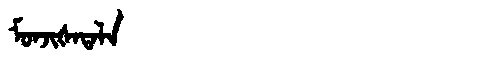
Manchu: ᠮᠣᠨᠵᡳᡧᠠᡨᠠᠯᠠ
Romanization: MONJIŠATALA